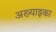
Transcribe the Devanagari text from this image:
अख्याइका